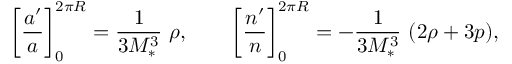
\left[ \frac { a ^ { \prime } } { a } \right] _ { 0 } ^ { 2 \pi R } = \frac { 1 } { 3 M _ { * } ^ { 3 } } \ \rho , \qquad \left[ \frac { n ^ { \prime } } { n } \right] _ { 0 } ^ { 2 \pi R } = - \frac { 1 } { 3 M _ { * } ^ { 3 } } \ ( 2 \rho + 3 p ) ,